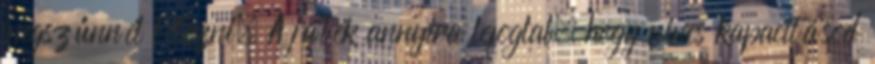
megszűnnél létezni. A játék annyira lefoglal, hogy nincs kapacitásod